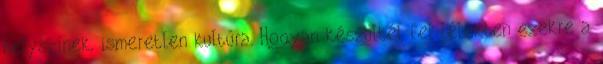
helyszínek, ismeretlen kultúra. Hogyan készültél fel lélekben ezekre a